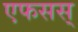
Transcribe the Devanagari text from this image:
एफसस्